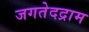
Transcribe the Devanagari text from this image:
जगतेदद्राम